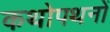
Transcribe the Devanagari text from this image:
कथोपथनों